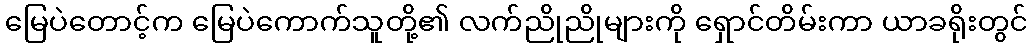
မြေပဲတောင့်က မြေပဲကောက်သူတို့၏ လက်ညိုညိုများကို ရှောင်တိမ်းကာ ယာခရိုးတွင်